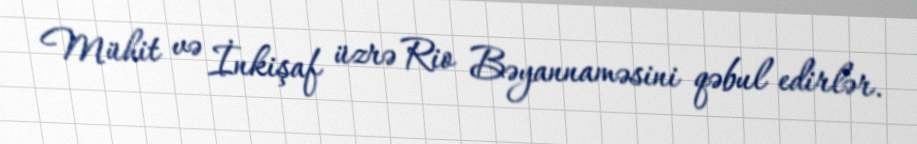
Mühit və İnkişaf üzrə Rio Bəyannaməsini qəbul edirlər.